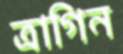
ত্রাগিন